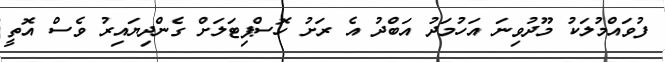
ފުވައްމުލަކު މޫދުވިނަ އަހުމަދު އަބްދު އެ ރަށު ހޮސްޕިޓަލަށް ގެންދިޔައިރު ވެސް އޮތީ